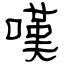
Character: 嘆